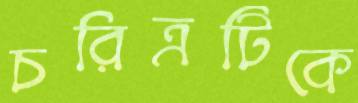
চরিত্রটিকে